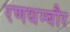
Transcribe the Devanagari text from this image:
रणथम्बौर